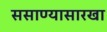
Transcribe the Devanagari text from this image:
ससाण्यासारखा